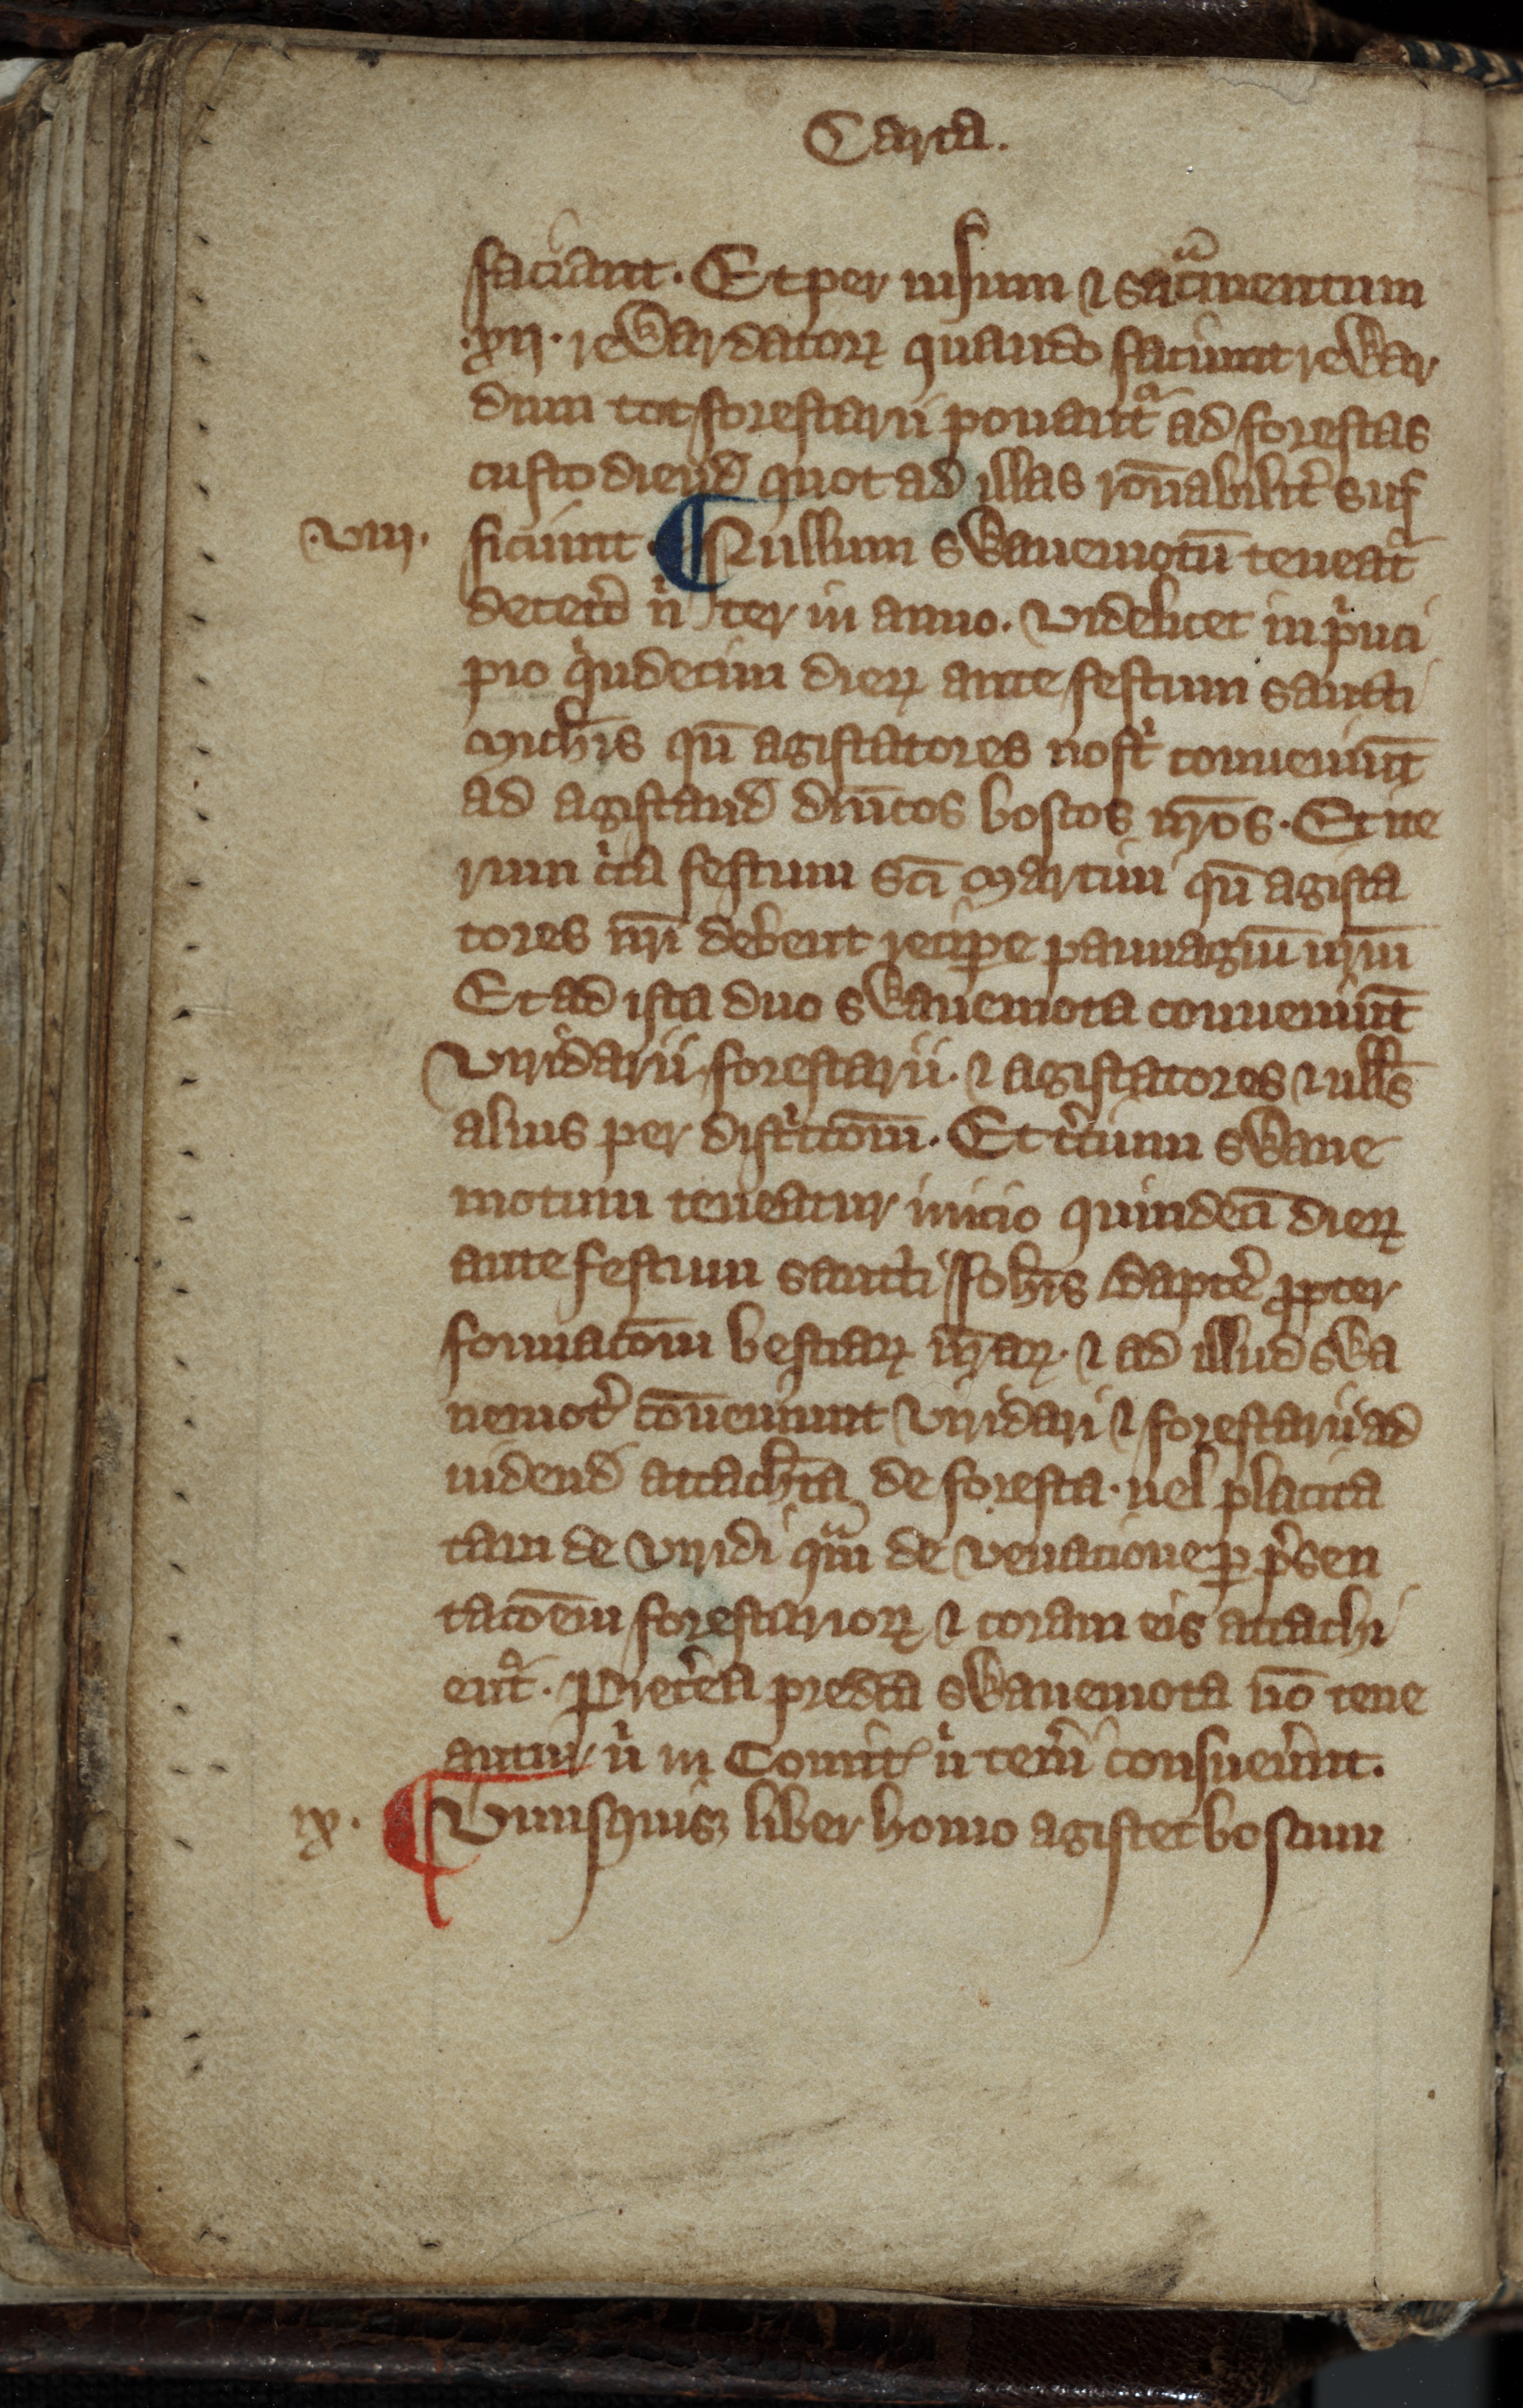
Shelfmark: Toronto, Fisher Library, ms. 01053
Century: 14